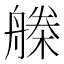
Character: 𣚗